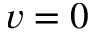
v = 0